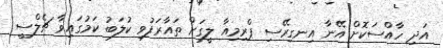
އަދި ހާއްސަކޮށް އޭނާ އިނގިރޭސި ޕްރިމިއާ ލީގަށް ތައާރަފުވި ކުލަބު ކަމުގައިވާ ޗެލްސީ